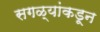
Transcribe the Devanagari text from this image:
सगळ्यांकडून